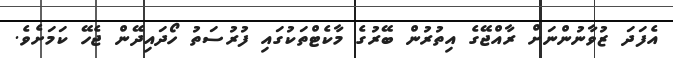
އެފަދަ ޒުވާނުންނަށް ރާއްޖޭގެ އިތުރުން ބޭރުގެ މާކެޓްތަކުގައި ފުރުސަތު ހޯދައިދޭން ޖެހޭ ކަމަށެވެ.